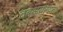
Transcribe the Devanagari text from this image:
तबअयोग्यता